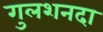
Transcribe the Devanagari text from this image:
गुलशनदा